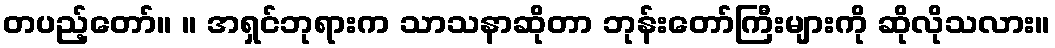
တပည့်တော်။ ။ အရှင်ဘုရားက သာသနာဆိုတာ ဘုန်းတော်ကြီးများကို ဆိုလိုသလား။